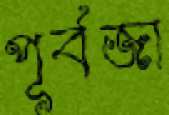
পূর্বজা